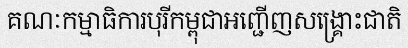
គណៈកម្មាធិការបុរីកម្ពុជាអញ្ជើញសង្គ្រោះជាតិ